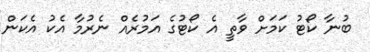
ބުނާ ކޯޓު ކަމަށް ވާތީ އެ ކޯޓުގެ އަމުރެއް ނެރުމާ އެކު އެކަން